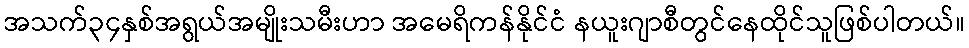
အသက်၃၄နှစ်အရွယ်အမျိုးသမီးဟာ အမေရိကန်နိုင်ငံ နယူးဂျာစီတွင်နေထိုင်သူဖြစ်ပါတယ်။